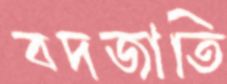
বদজাতি